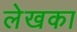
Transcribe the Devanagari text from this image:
लेखका